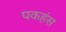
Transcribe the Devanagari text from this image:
पकहंस